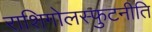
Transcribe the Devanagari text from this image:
राशिगोलस्फुटनीति